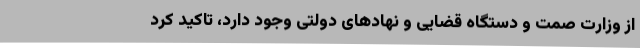
از وزارت صمت و دستگاه قضایی و نهادهای دولتی وجود دارد،‌ تاکید کرد